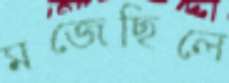
মজেছিলে